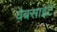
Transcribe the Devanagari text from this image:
वेबसाइटे